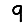
Digit: 9